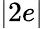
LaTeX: |2e|